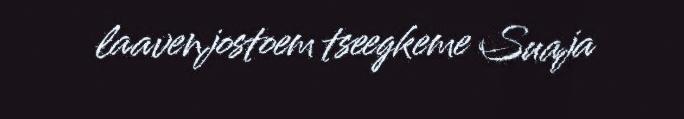
laavenjostoem tseegkeme Suaja